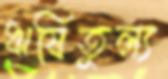
ঋষিতুল্য